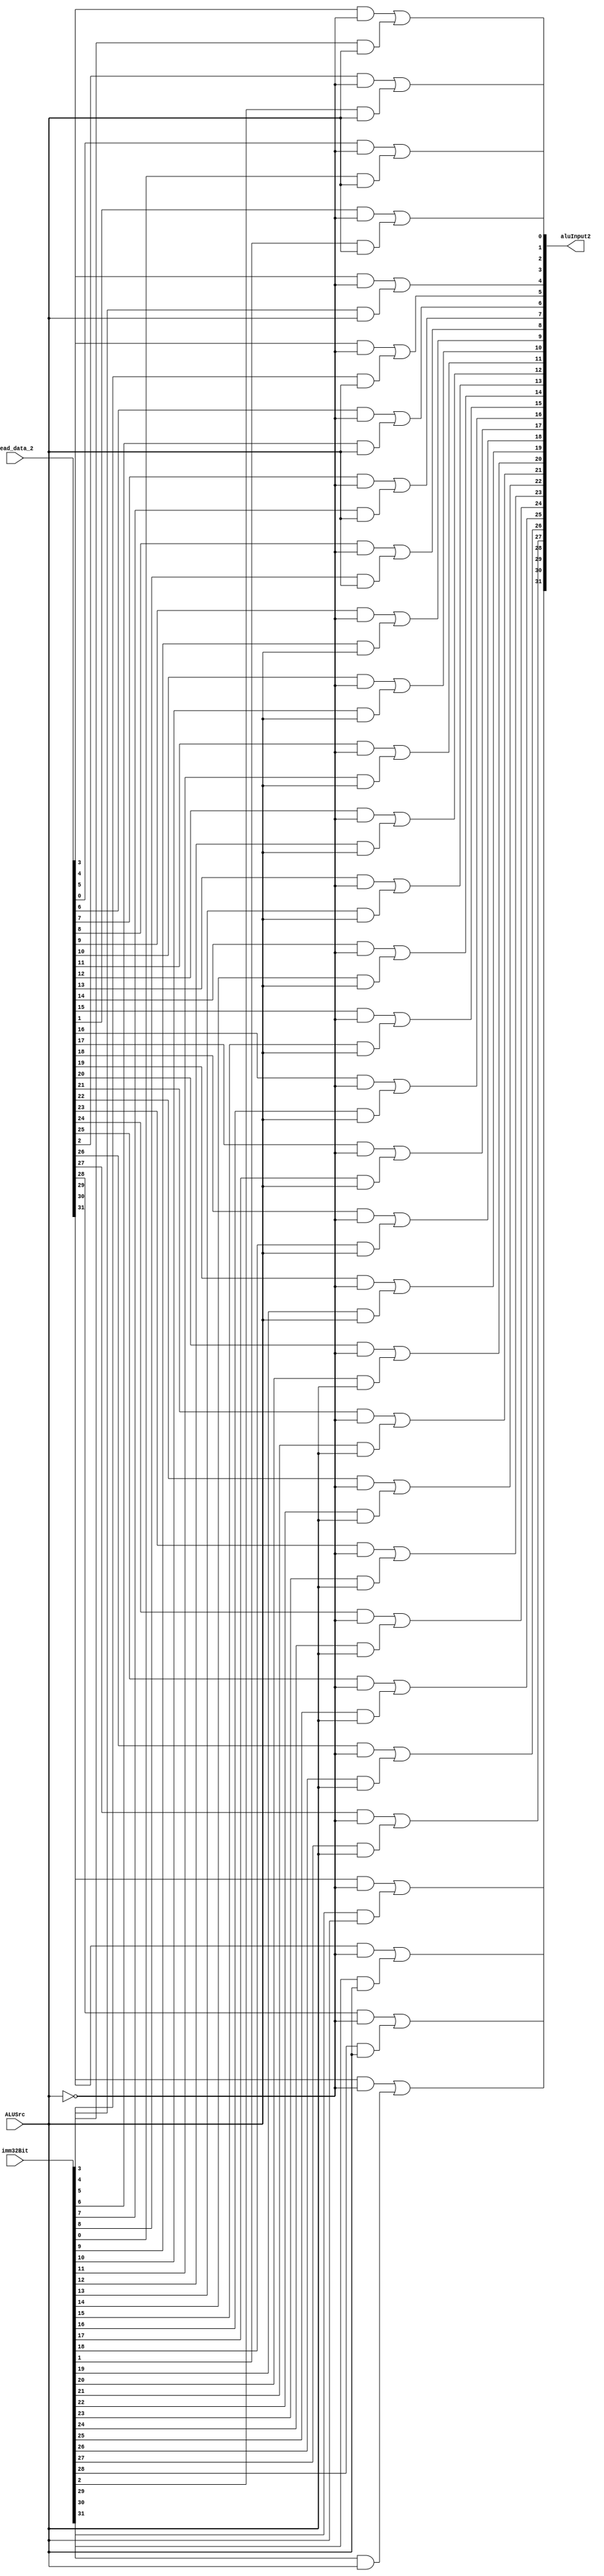
module mux2x1_32Bits(aluInput2,read_data_2,imm32Bit,ALUSrc);
output [31:0] aluInput2;
input  [31:0] read_data_2,imm32Bit;
wire [31:0] ans1,ans2;
input wire ALUSrc;
wire notALUSrc;
not reverseALUSrc(notALUSrc,ALUSrc);

genvar i;
generate

for(i=0;i<32;i=i+1)
	begin: Adder
	and and1(ans1[i],read_data_2[i],notALUSrc);
	and and2(ans2[i],imm32Bit[i],ALUSrc);
	or findaluInput2(aluInput2[i],ans1[i],ans2[i]);
end	
endgenerate


endmodule